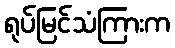
ရုပ်မြင်သံကြားက